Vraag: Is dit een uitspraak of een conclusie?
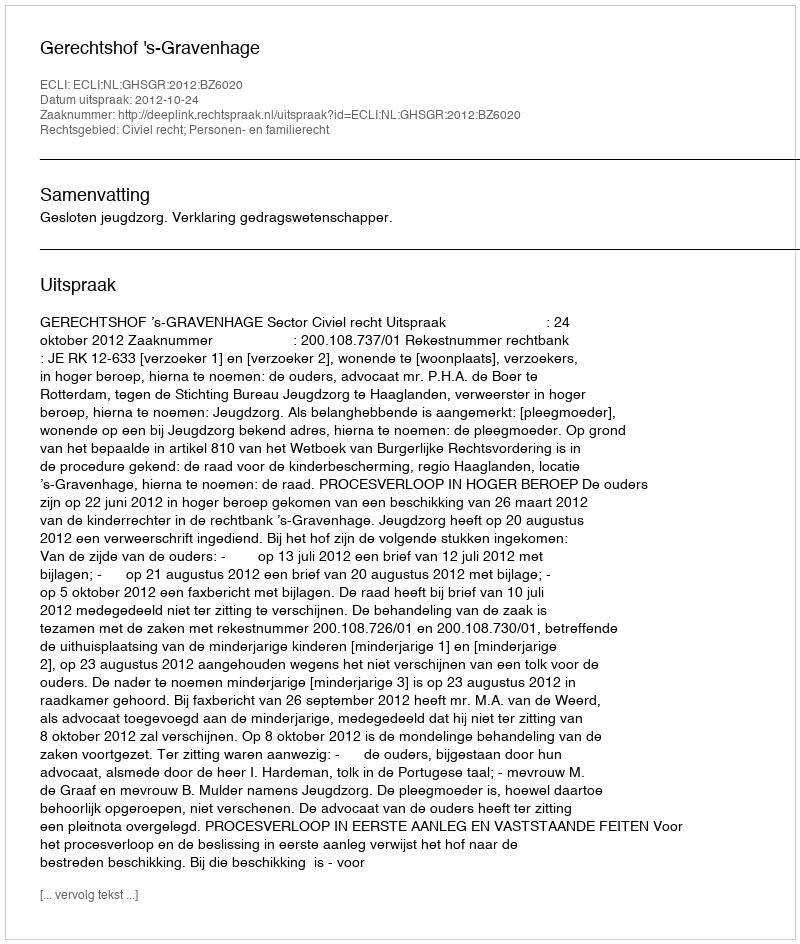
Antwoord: Uitspraak